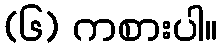
(၆) ကစားပါ။